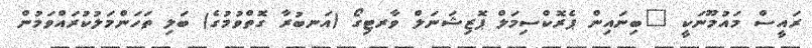
ރައީސް މައުމޫނަކީ "ބިނައިން ޕެރޮކްސިމަލް ޕޮޒިޝަނަލް ވާރޓިގޯ (އަނބުރާ ގޮތްވުމުގެ) ބަލި ތަހަންމަލުކުރައްވަމުން